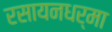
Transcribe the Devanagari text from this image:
रसायनधर्मा